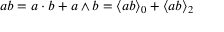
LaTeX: a b = a \cdot b + a \wedge b = \langle a b \rangle _ { 0 } + \langle a b \rangle _ { 2 }